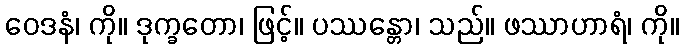
ဝေဒနံ၊ ကို။ ဒုက္ခတော၊ ဖြင့်။ ပဿန္တော၊ သည်။ ဖဿာဟာရံ၊ ကို။